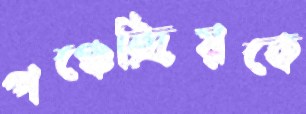
পঞ্চেন্দ্রিয়কে